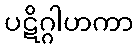
ပဋိဂ္ဂါဟကာ